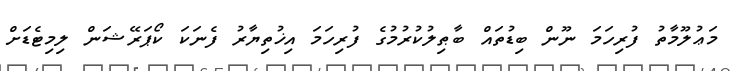
މަޢުލޫމާތު ފުރިހަމަ ނޫން ބިޑުތައް ބާޠިލުކުރުމުގެ ފުރިހަމަ އިޚުތިޔާރު ފެނަކަ ކޯޕަރޭޝަން ލިމިޓެޑަށް